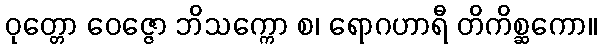
ဝုတ္တော ဝေဇ္ဇော ဘိသက္ကော စ၊ ရောဂဟာရီ တိကိစ္ဆကော။